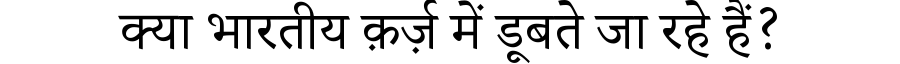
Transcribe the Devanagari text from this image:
क्या भारतीय क़र्ज़ में डूबते जा रहे हैं?